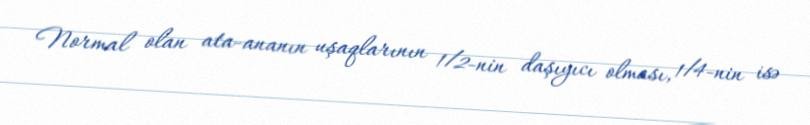
Normal olan ata-ananın uşaqlarının 1/2-nin daşıyıcı olması, 1/4-nin isə